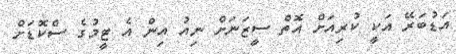
އަޑުބަރޭ އަކީ ކުރިއަށް އޮތް ސީޒަނަށް ނިއު އިން އެ ޓީމުގެ ސްކޮޑަށް